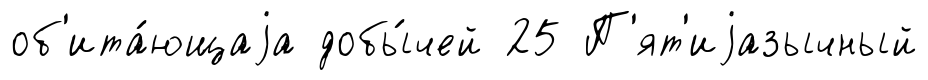
об'ита́ющаjа добы́чей 25 П'ят'иjазычный